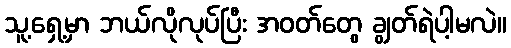
သူ့ရှေ့မှာ ဘယ်လိုလုပ်ပြီး အဝတ်တွေ ချွတ်ရဲပါ့မလဲ။